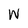
Character: W